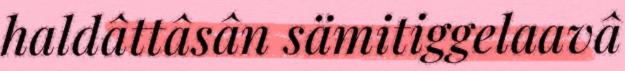
haldâttâsân sämitiggelaavâ